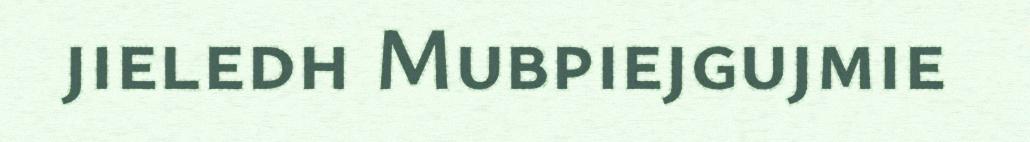
jieledh Mubpiejgujmie